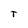
Character: T